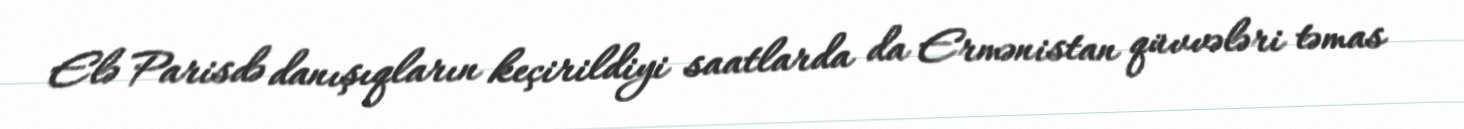
Elə Parisdə danışıqların keçirildiyi saatlarda da Ermənistan qüvvələri təmas